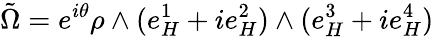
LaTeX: \tilde{\Omega}=e^{i\theta}\rho\wedge(e_{H}^{1}+ie_{H}^{2})\wedge(e_{H}^{3}+ie_{H}^{4})